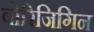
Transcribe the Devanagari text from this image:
बोरिजिगिन